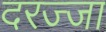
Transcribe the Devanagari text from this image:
दरज्जा